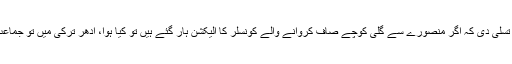
لیکن ایسے میں صالحین نے ہمیشہ قوم کو تسلی دی کہ اگر منصورے سے گلی کوچے صاف کروانے والے کونسلر کا الیکشن ہار گئے ہیں تو کیا ہوا، ادھر ترکی میں تو جماعت اسلامی پاکستان ہی کی حکومت ہے ناں۔